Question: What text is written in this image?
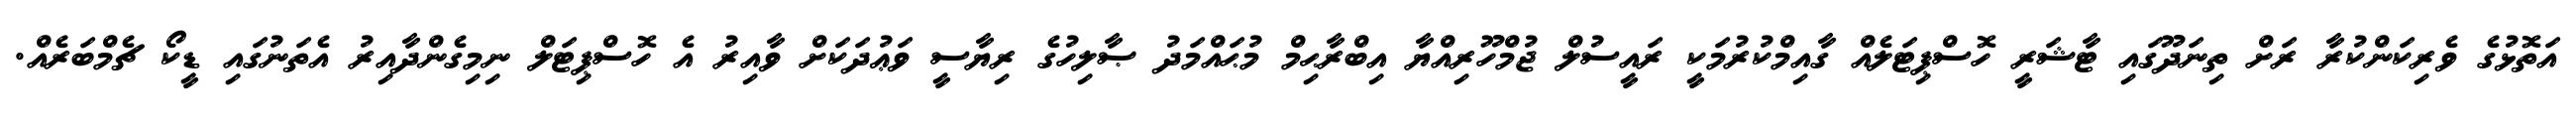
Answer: އަތޮޅުގެ ވެރިކަންކުރާ ރަށް ތިނަދޫގައި ޓާޝަރީ ހޮސްޕިޓަލެއް ގާއިމްކުރުމަކީ ރައީސުލް ޖުމްހޫރިއްޔާ އިބްރާޙިމް މުޙައްމަދު ޞާލިހުގެ ރިޔާސީ ވަޢުދަކަށް ވާއިރު އެ ހޮސްޕިޓަލް ނިމިގެންދާއިރު އެތަނުގައި ޑީކޯ ޗެމްބަރެއް.